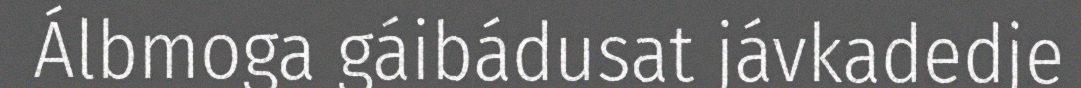
Álbmoga gáibádusat jávkadedje